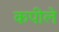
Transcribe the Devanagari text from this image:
कपीले